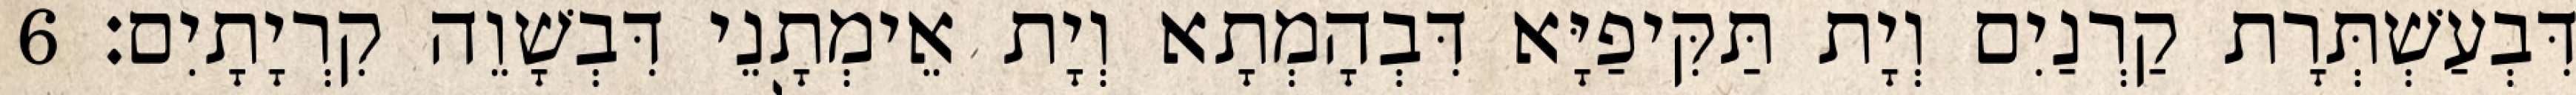
דִּבְעַשְׁתְּרָת קַרְנַיִם וְיָת תַּקִּיפַיָּא דִּבְהָמְתָא וְיָת אֵימְתָנֵי דִּבְשָׁוֵה קִרְיָתָיִם׃ 6